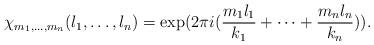
LaTeX: \begin{align*}\chi_{m_1,\ldots,m_n}(l_1,\ldots,l_n) = \exp(2\pi i (\frac{m_1l_1}{k_1}+\dots+\frac{m_n l_n}{k_n})).\end{align*}